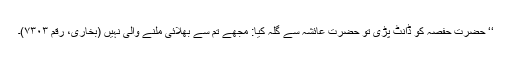
‘‘ حضرت حفصہ کو ڈانٹ پڑی تو حضرت عائشہ سے گلہ کیا: مجھے تم سے بھلائی ملنے والی نہیں (بخاری، رقم ۷۳۰۳)۔